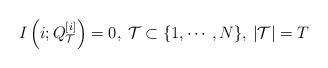
LaTeX: \begin{align*}I\left(i;Q_\mathcal{T}^{[i]}\right)=0, \: \mathcal{T}\subset \{1, \cdots, N\},\: |\mathcal{T}|=T\end{align*}